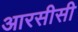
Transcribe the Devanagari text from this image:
आरसीसी